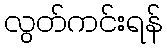
လွတ်ကင်းရန်